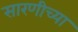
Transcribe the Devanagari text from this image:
सारणीच्या